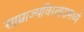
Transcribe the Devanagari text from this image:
साम्राज्यविस्तारामध्ये